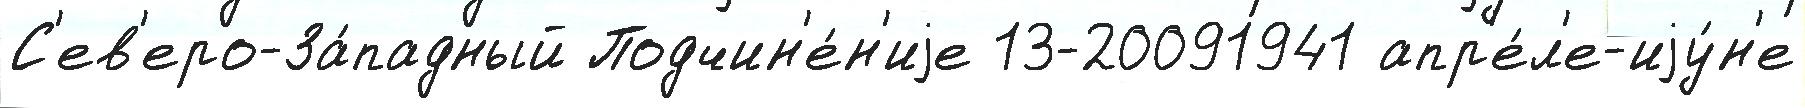
С'ев'еро-За́падный Подчин'е́н'иjе 13-20091941 апр'е́л'е-иjу́н'е